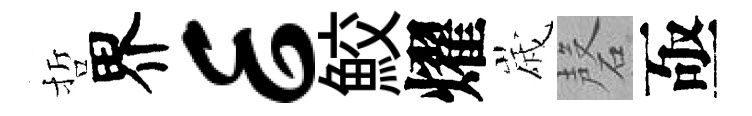
哲界E鮫燿𡻕磬亟